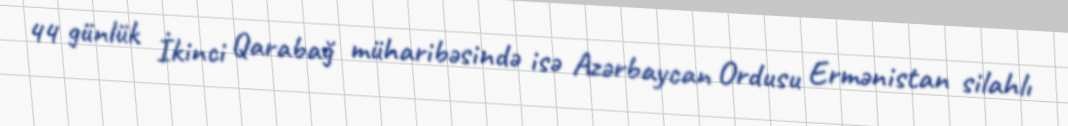
44 günlük İkinci Qarabağ müharibəsində isə Azərbaycan Ordusu Ermənistan silahlı